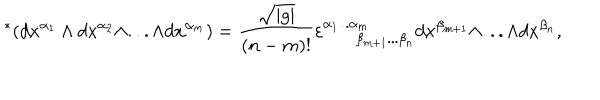
{ } ^ { * } ( d x ^ { \alpha _ { 1 } } \wedge d x ^ { \alpha _ { 2 } } \wedge . . . \wedge d x ^ { \alpha _ { m } } ) = \frac { \sqrt { | g | } } { ( n - m ) ! } \varepsilon _ { \ \ \ \beta _ { m + 1 } . . . \beta _ { n } } ^ { \alpha _ { 1 } . . . \alpha _ { m } } d x ^ { \beta _ { m + 1 } } \wedge . . . \wedge d x ^ { \beta _ { n } } ,